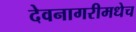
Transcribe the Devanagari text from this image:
देवनागरीमधेच